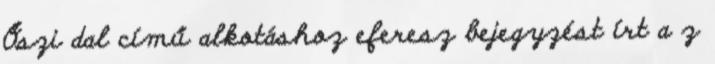
Őszi dal című alkotáshoz eferesz bejegyzést írt a z